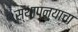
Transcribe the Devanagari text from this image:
स्थापन्याचा